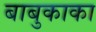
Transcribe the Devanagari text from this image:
बाबुकाका